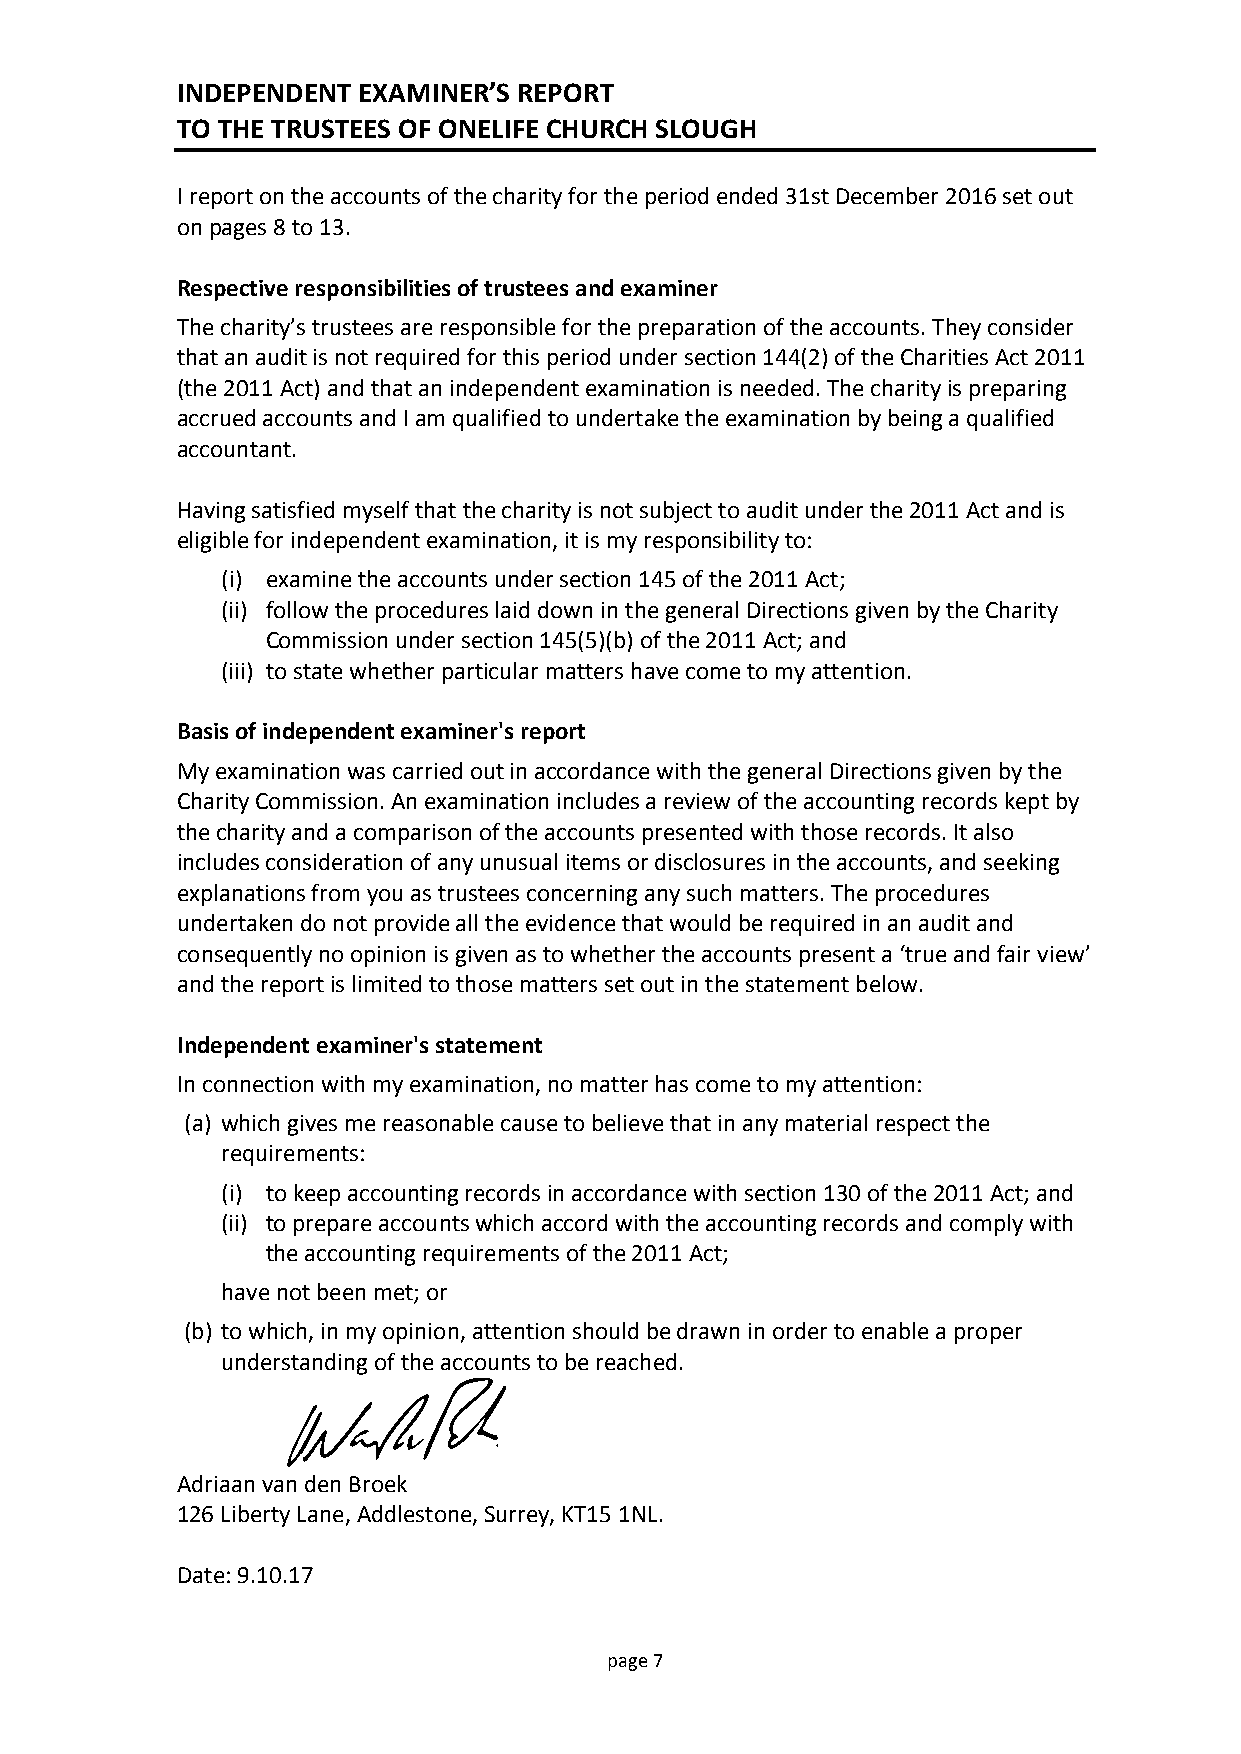
INDEPENDENT EXAMINER’S REPORT
 TO THE TRUSTEES OF ONELIFE CHURCH SLOUGH
 I report on the accounts of the charity for the period ended 31st December 2016 set out
 on pages 8 to 13.
 Respective responsibilities of trustees and examiner
 The charity’s trustees are responsible for the preparation of the accounts. They consider
 that an audit is not required for this period under section 144(2) of the Charities Act 2011
 (the 2011 Act) and that an independent examination is needed. The charity is preparing
 accrued accounts and I am qualified to undertake the examination by being a qualified
 accountant.
 Having satisfied myself that the charity is not subject to audit under the 2011 Act and is
 eligible for independent examination, it is my responsibility to:
 (i) examine the accounts under section 145 of the 2011 Act;
 (ii) follow the procedures laid down in the general Directions given by the Charity
 Commission under section 145(5)(b) of the 2011 Act; and
 (iii) to state whether particular matters have come to my attention.
 Basis of independent examiner's report
 My examination was carried out in accordance with the general Directions given by the
 Charity Commission. An examination includes a review of the accounting records kept by
 the charity and a comparison of the accounts presented with those records. It also
 includes consideration of any unusual items or disclosures in the accounts, and seeking
 explanations from you as trustees concerning any such matters. The procedures
 undertaken do not provide all the evidence that would be required in an audit and
 consequently no opinion is given as to whether the accounts present a ‘true and fair view’
 and the report is limited to those matters set out in the statement below.
 Independent examiner's statement
 In connection with my examination, no matter has come to my attention:
 (a) which gives me reasonable cause to believe that in any material respect the
 requirements:
 (i) to keep accounting records in accordance with section 130 of the 2011 Act; and
 (ii) to prepare accounts which accord with the accounting records and comply with
 the accounting requirements of the 2011 Act;
 have not been met; or
 (b) to which, in my opinion, attention should be drawn in order to enable a proper
 understanding of the accounts to be reached.
 Adriaan van den Broek
 126 Liberty Lane, Addlestone, Surrey, KT15 1NL.
 Date: 9.10.17
 p age 7